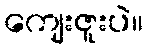
ကျေးဇူးပဲ။